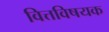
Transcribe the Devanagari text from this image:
वित्तविषयक